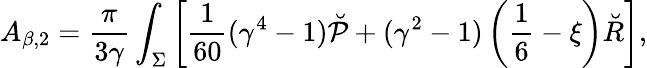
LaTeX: A_{\beta,2}={\frac{\pi}{3\gamma}}\int_{\Sigma}\left[{\frac{1}{60}}(\gamma^{4}-1)\breve{\cal P}+(\gamma^{2}-1)\left(\frac 16-\xi\right)\breve{R}\right],